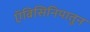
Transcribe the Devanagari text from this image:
ऍबिसिनियातून